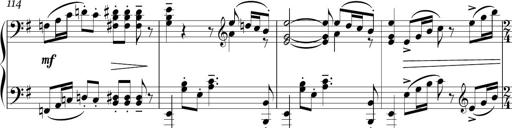
Title: Sonatina in E minor
Composer: Shuwen Zhang
Key: E minor